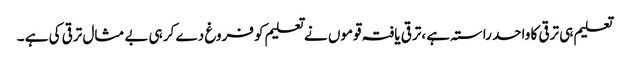
تعلیم ہی ترقی کا واحد راستہ ہے ،ترقی یافتہ قوموں نے تعلیم کو فروغ دے کر ہی بے مثال ترقی کی ہے ۔